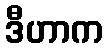
ဒီဟာက